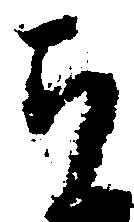
ち